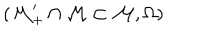
LaTeX: ( \mathcal { M } _ { + } ^ { \prime } \cap \mathcal { M } \subset \mathcal { M } , \Omega \mathcal { ) }